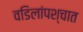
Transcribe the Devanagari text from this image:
वडिलांपश्चात